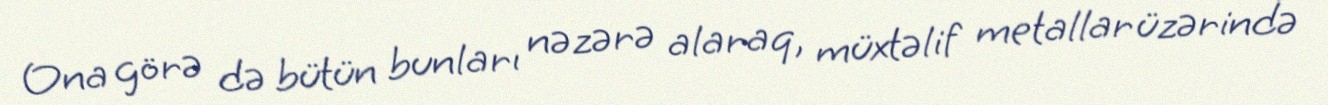
Ona görə də bütün bunları nəzərə alaraq, müxtəlif metallar üzərində